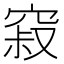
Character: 𰩒